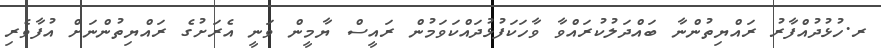
ރ.ހުޅުދުއްފާރު ރައްޔިތުންނާ ބައްދަލުކުރައްވާ ވާހަކަފުޅުދައްކަވަމުން ރައީސް ޔާމީން ވަނީ އެރަށުގެ ރައްޔިތުންނަށް އުފާވެރި